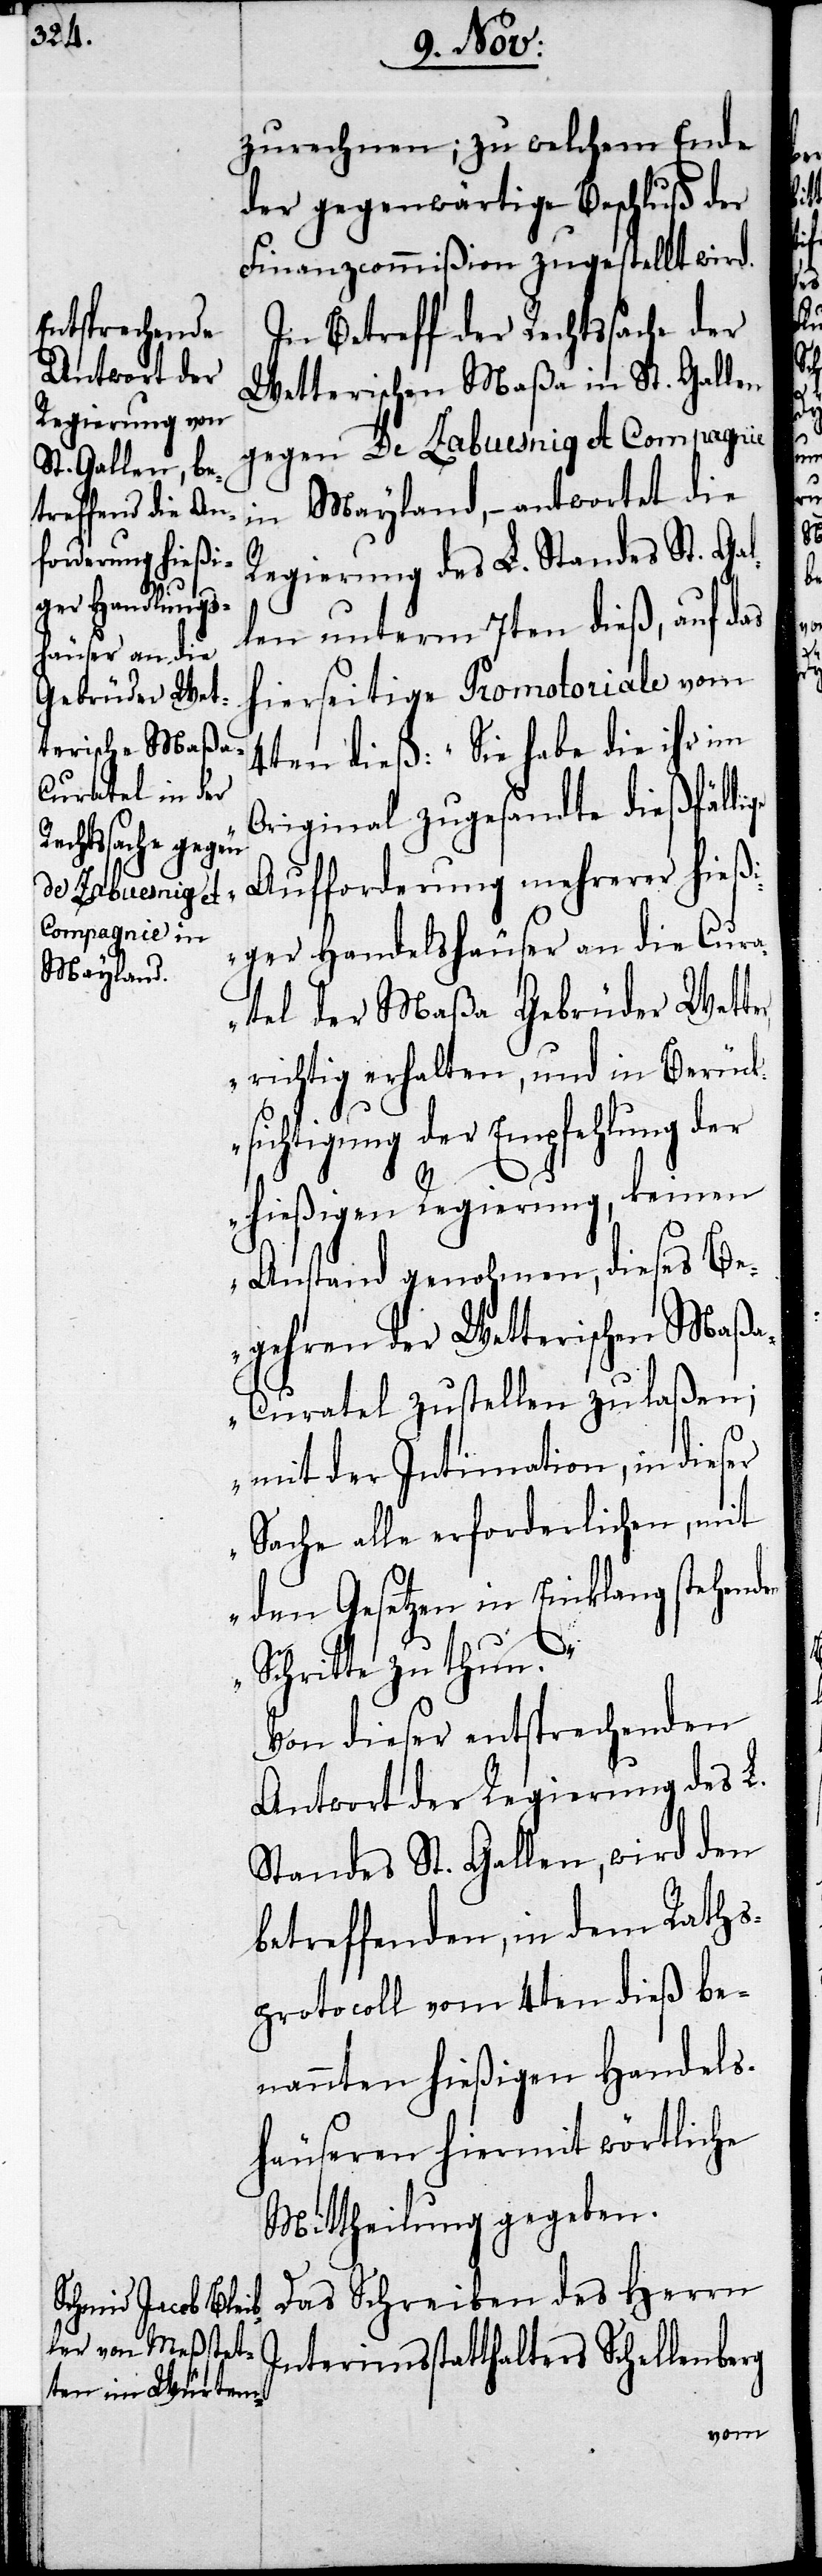
zurechnen; zu welchem Ende
der gegenwärtige Beschluß der
Finanzcommißion zugestellt wird.
In Betreff der Rechtssache der
Wetterischen Maßa in St. Gallen
gegen De Zabuesnig et Compagnie
in Mayland, – antwortet die
Regierung des L. Standes St. Ga¬
len unterm 7ten dieß, auf das
hierseitige Promotoriale vom
4ten dieß: „Sie habe die ihr im
Original zugesandte dießfälli¬
Aufforderung mehrerer hieß¬
iger Handelshäuser an die Cura¬
tel der Maßa Gebrüder Wetter,
richtig erhalten, und in Berück¬
sichtigung der Empfehlung der
hießigen Regierung, keinen
Anstand genohmen, dieses Be¬
gehren der Wetterischen Maß¬
a-Curatel zustellen zu laßen;
mit der Intimation, in dieser
Sache alle erforderlichen, mit
den Gesetzen in Einklang stehend¬
en
Schritte zu thun.
Von dieser entsprechenden
Antwort der Regierung des L.
Standes St. Gallen, wird den
betreffenden, in dem Raths¬
protocoll vom 4ten dieß be¬
nannten hießigen Handels¬
häuseren hiermit wörtliche
Mittheilung gegeben.
Das Schreiben des Herrn
Interimsstatthalters Schellenberg